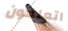
اتعلمون